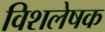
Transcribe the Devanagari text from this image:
विशलेषक